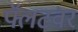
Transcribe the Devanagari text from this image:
फ्लॅटवर